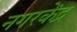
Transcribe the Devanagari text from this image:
नगरकेंद्र